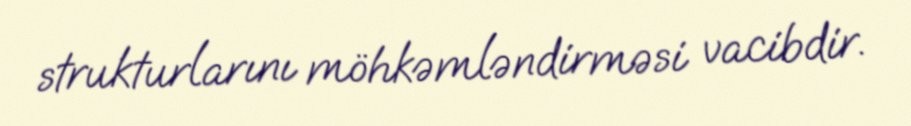
strukturlarını möhkəmləndirməsi vacibdir.